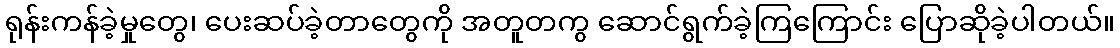
ရုန်းကန်ခဲ့မှုတွေ၊ ပေးဆပ်ခဲ့တာတွေကို အတူတကွ ဆောင်ရွက်ခဲ့ကြကြောင်း ပြောဆိုခဲ့ပါတယ်။